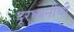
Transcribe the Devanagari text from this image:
दूरध्वनींची